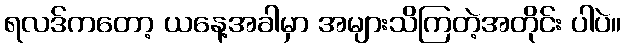
ရလဒ်ကတော့ ယနေ့အခါမှာ အများသိကြတဲ့အတိုင်း ပါပဲ။